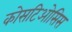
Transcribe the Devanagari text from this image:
कोसटिओसिस